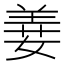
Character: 𦎕